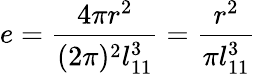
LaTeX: e=\frac{4\pi r^{2}}{(2\pi)^{2}l_{11}^{3}}=\frac{r^{2}}{\pi l_{11}^{3}}